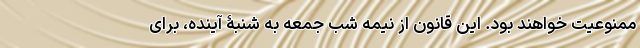
ممنوعیت خواهند بود. این قانون از نیمه شب جمعه به شنبۀ آینده، برای